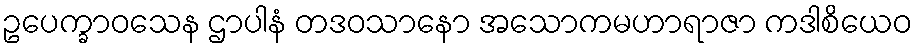
ဥပေက္ခာဝသေန ဌာပါနံ တဒဝသာနော အသောကမဟာရာဇာ ကဒါစိယေဝ